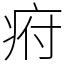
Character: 㾈